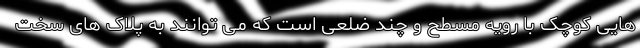
هایی کوچک با رویه مسطح و چند ضلعی است که می توانند به پلاک های سخت